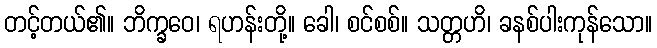
တင့်တယ်၏။ ဘိက္ခဝေ၊ ရဟန်းတို့။ ခေါ၊ စင်စစ်။ သတ္တဟိ၊ ခနစ်ပါးကုန်သော။